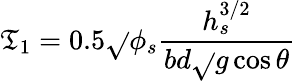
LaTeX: \mathfrak{T}_{1}=0.5\sqrt{}{{\phi_{s}}}\frac{{h_{s}^{3/2}}}{{bd\sqrt{}{{g\cos{\theta}}}}}